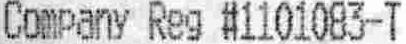
COMPANY REG #1101083-T